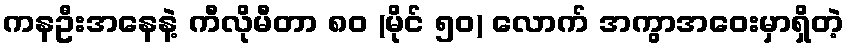
ကနဦးအနေနဲ့ ကီလိုမီတာ ၈၀ (မိုင် ၅၀) လောက် အကွာအဝေးမှာရှိတဲ့